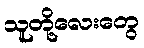
သူတို့လေးတွေ